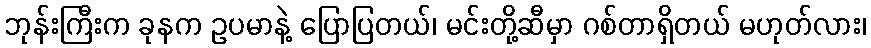
ဘုန်းကြီးက ခုနက ဥပမာနဲ့ ပြောပြတယ်၊ မင်းတို့ဆီမှာ ဂစ်တာရှိတယ် မဟုတ်လား၊